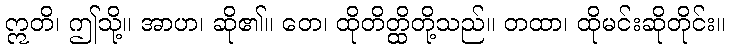
ဣတိ၊ ဤသို့။ အာဟ၊ ဆို၏။ တေ၊ ထိုတိတ္ထိတို့သည်။ တထာ၊ ထိုမင်းဆိုတိုင်း။